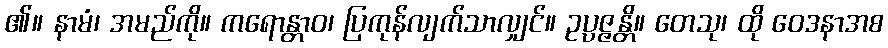
၏။ နာမံ၊ အမည်ကို။ ကရောန္တာဝ၊ ပြကုန်လျက်သာလျှင်။ ဥပ္ပဇ္ဇန္တိ။ တေသု၊ ထို ဝေဒနာအစ